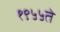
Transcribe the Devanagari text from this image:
१९५५ते